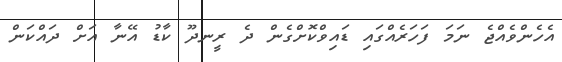
އެހެންވެއްޖެ ނަމަ ފަހަރެއްގައި ޑައިވްކޮށްގެން ދެ ރީނދޫ ކާޑު އޭނާ އަށް ދައްކަން